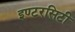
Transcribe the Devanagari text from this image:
इण्टरसिटी